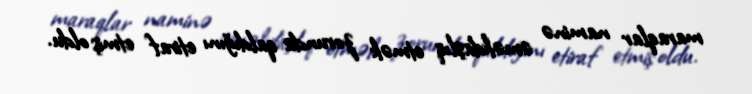
maraqlar naminə əməkdaşlıq etmək zorunda qaldığını etiraf etmiş oldu.